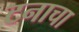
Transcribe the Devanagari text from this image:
टनाचा